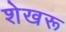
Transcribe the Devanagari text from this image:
शेखरू